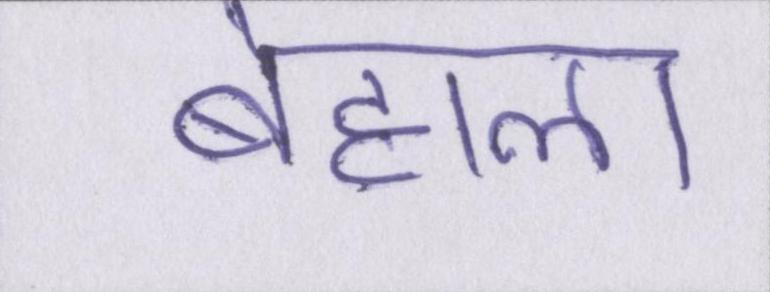
बेहाल।